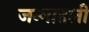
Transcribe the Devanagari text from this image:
जन्मातली